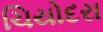
ચિયોદરા